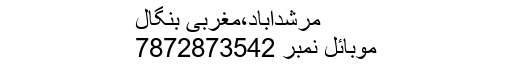
مرشدآباد،مغربی بنگال
ََََََََََََََََََََََََموبائل نمبر 7872873542